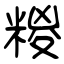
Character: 糉